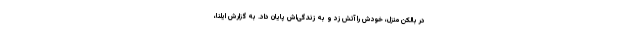
در بالکن منزل، خودش را آتش زد و به زندگی‌اش پایان داد. به گزارش ایلنا،